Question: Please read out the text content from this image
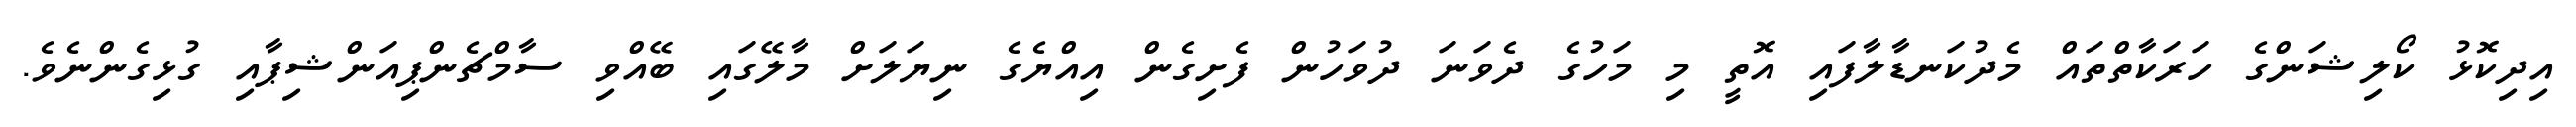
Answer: އިދިކޮޅު ކޯލިޝަންގެ ހަރަކާތްތައް މެދުކަނޑާލާފައި އޮތީ މި މަހުގެ ދެވަނަ ދުވަހުން ފެށިގެން އިއްޔެގެ ނިޔަލަށް މާލޭގައި ބޭއްވި ސާމްޗެންޕިއަންޝިޕާއި ގުޅިގެންނެވެ.